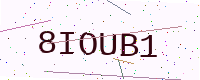
Text: 8IOUB1